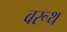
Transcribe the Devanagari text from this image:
वरूथ